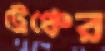
ট্রেঞ্চের